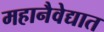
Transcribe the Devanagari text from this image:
महानैवेद्यात